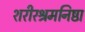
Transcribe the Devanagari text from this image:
शरीरश्रमनिष्ठा